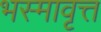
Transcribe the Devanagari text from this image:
भस्मावृत्त